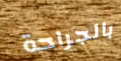
بالجراحة